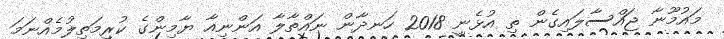
މައުމޫނާ ޖައްސާލައިގެން ތި އުޅެނީ 2018 ހަނދާން ނައްތާލާ އަންނިއާ ޔާމިންގެ ކުރިމަތިލުމެއްނަމަ